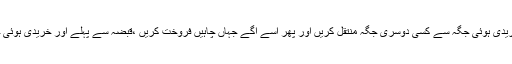
لہٰذاخریدا ہوا مال قبضہ میں لیں اوراُسےخریدی ہوئی جگہ سے کسی دوسری جگہ منتقل کریں اور پھر اُسے آگے جہاں چاہیں فروخت کریں ،قبضہ سے پہلے اور خریدی ہوئی جگہ پر بیچنا دونوں ہی شرعاً ممنوع ہیں ۔